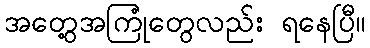
အတွေ့အကြုံတွေလည်း ရနေပြီ။